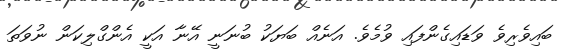
ބައިވެރިވެ ވަޑައިގެންފައި ވުމެވެ. އަނެއް ބަޔަކު ބުނަނީ އޭނާ އަކީ އެންގްލިކަން ނުވަތަ